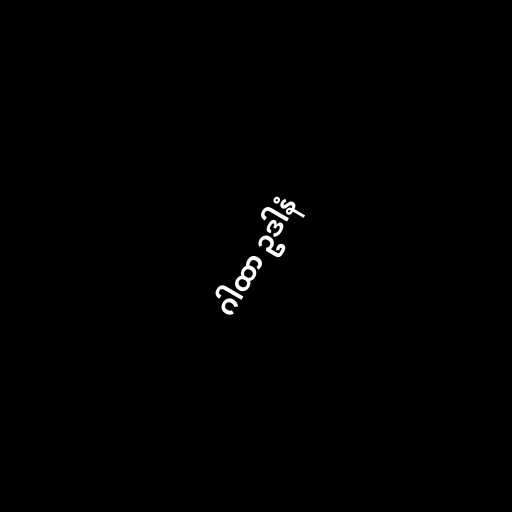
ဂါထာ ဥဒါနံ